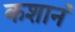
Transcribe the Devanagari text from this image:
कशानं